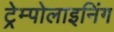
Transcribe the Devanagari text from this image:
ट्रेम्पोलाइनिंग